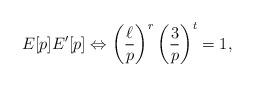
LaTeX: \begin{align*} E[p] E'[p] \Leftrightarrow \left(\frac{\ell}{p}\right)^r \left (\frac{3}{p} \right)^t = 1,\end{align*}